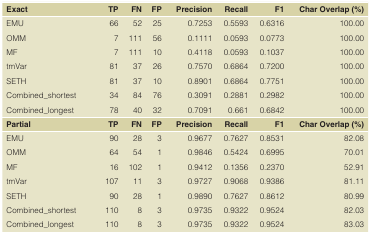
<table><thead><tr><td><b>Exact</b></td><td><b>TP</b></td><td><b>FN</b></td><td><b>FP</b></td><td><b>Precision</b></td><td><b>Recall</b></td><td><b>F1</b></td><td><b>Char Overlap (%)</b></td></tr></thead><tbody><tr><td>EMUOMMMFtmVarSETHCombined_shortestCombined_longest</td><td>667781813478</td><td>5211111137378440</td><td>25561026107632</td><td>0.72530.11110.41180.75700.89010.30910.7091</td><td>0.55930.05930.05930.68640.68640.28810.661</td><td>0.63160.07730.10370.72000.77510.29820.6842</td><td>100.00100.00100.00100.00100.00100.00100.00</td></tr><tr><td><b>Partial</b></td><td><b>TP</b></td><td><b>FN</b></td><td><b>FP</b></td><td><b>Precision</b></td><td><b>Recall</b></td><td><b>F1</b></td><td><b>Char Overlap (%)</b></td></tr><tr><td>EMUOMMMFtmVarSETHCombined_shortestCombined_longest</td><td>90641610790110110</td><td>2854102112888</td><td>3113133</td><td>0.96770.98460.94120.97270.98900.97350.9735</td><td>0.76270.54240.13560.90680.76270.93220.9322</td><td>0.85310.69950.23700.93860.86120.95240.9524</td><td>82.0870.0152.9181.1180.9982.0383.03</td></tr></tbody></table>